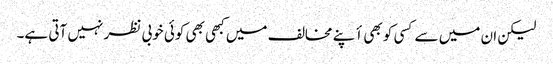
لیکن ان میں سے کسی کو بھی أپنے مخالف میں کبھی بھی کوئی خوبی نظر نہیں آتی ہے۔